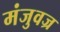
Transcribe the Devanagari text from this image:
मंजुवज्र